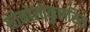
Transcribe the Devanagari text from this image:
मोनोलोकुलरिस